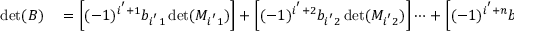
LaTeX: \begin{array} { r l } { \operatorname* { d e t } ( B ) } & { { } = \left[ ( - 1 ) ^ { i ^ { ' } + 1 } b _ { i ^ { ' } 1 } \operatorname* { d e t } ( M _ { i ^ { ' } 1 } ) \right] + \left[ ( - 1 ) ^ { i ^ { ' } + 2 } b _ { i ^ { ' } 2 } \operatorname* { d e t } ( M _ { i ^ { ' } 2 } ) \right] \cdots + \left[ ( - 1 ) ^ { i ^ { ' } + n } b _ { 1 n } \operatorname* { d e t } ( M _ { i ^ { ' } n } ) \right] } \end{array}